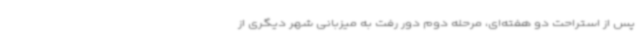
پس از استراحت دو هفته‌ای، مرحله دوم دور رفت به میزبانی شهر دیگری از